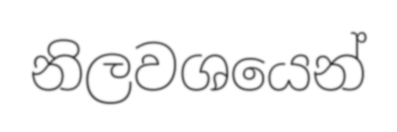
නිලවශයෙන්